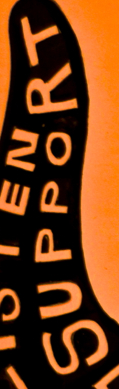
SUPPORT